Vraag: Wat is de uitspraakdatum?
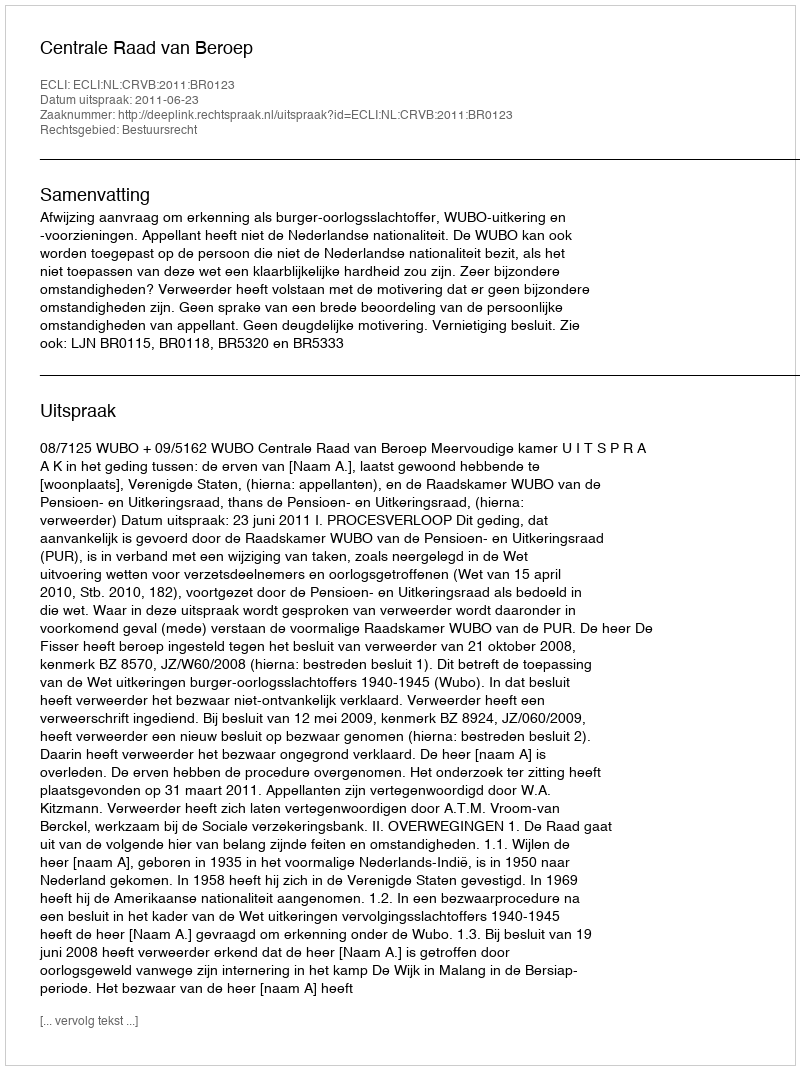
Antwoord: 2011-06-23